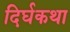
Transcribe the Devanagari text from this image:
दिर्घकथा